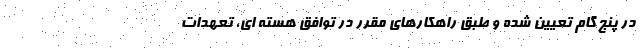
در پنج گام تعیین شده و طبق راهکارهای مقرر در توافق هسته ای، تعهدات